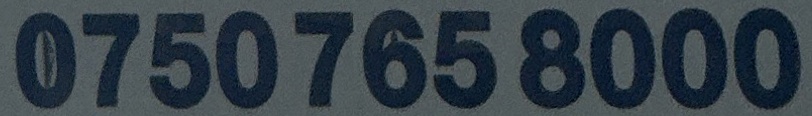
0750 765 8000